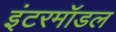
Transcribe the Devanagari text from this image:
इंटरमॉडल